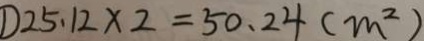
\textcircled { 1 } 2 5 . 1 2 \times 2 = 5 0 . 2 4 ( m ^ { 2 } )